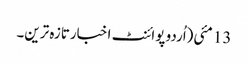
13 مئی(اُردو پوائنٹ اخبارتازہ ترین۔